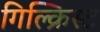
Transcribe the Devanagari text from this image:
गिल्क्रिस्ट